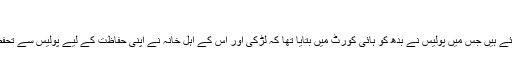
‘
امروز نے پولیس کی اس رپورٹ پر بھی سوالات اٹھائے ہیں جس میں پولیس نے بدھ کو ہائی کورٹ میں بتایا تھا کہ لڑکی اور اس کے اہل خانہ نے اپنی حفاظت کے لیے پولیس سے تحفظ مانگا ہے اور ان کو حراست میں نہیں رکھا گیا ہے۔